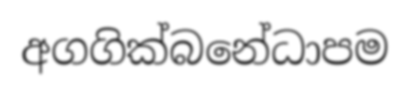
අගගික්බනේධාපම